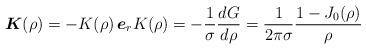
LaTeX: \begin{align*} \boldsymbol{K}(\rho) = -K(\rho) \, \boldsymbol{e}_r K(\rho) = - \frac{1}{\sigma} \frac{d G}{d\rho} = \frac{1}{2\pi \sigma} \frac{1 - J_0(\rho)}{\rho} \end{align*}